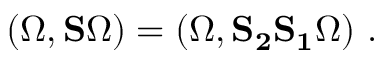
( \Omega , { \bf S } \Omega ) = ( \Omega , { \bf S _ { 2 } S _ { 1 } } \Omega ) \, \, .